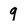
Character: 9